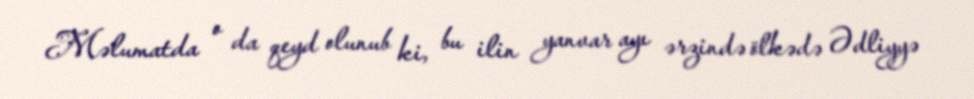
Məlumatda o da qeyd olunub ki, bu ilin yanvar ayı ərzində ölkədə Ədliyyə